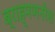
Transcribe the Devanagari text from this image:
ब्राह्मणनरेश